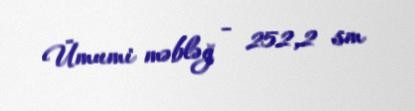
Ümumi məbləğ - 252,2 sm